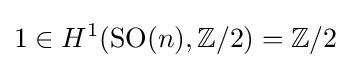
1\in H^{1}(\operatorname {SO} (n),\mathbb {Z} /2)=\mathbb {Z} /2